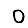
Digit: 0